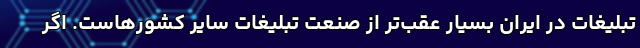
تبلیغات در ایران بسیار عقب‌تر از صنعت تبلیغات سایر کشورهاست. اگر